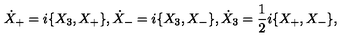
\dot { X } _ { + } = i \{ X _ { 3 } , X _ { + } \} , \dot { X } _ { - } = i \{ X _ { 3 } , X _ { - } \} , \dot { X } _ { 3 } = \frac { 1 } { 2 } i \{ X _ { + } , X _ { - } \} ,